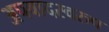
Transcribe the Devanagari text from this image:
अपवादस्वरुप